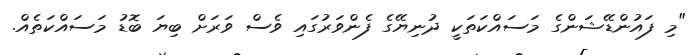
"މި ފައުންޑޭޝަންގެ މަސައްކަތަކީ ދުނިޔޭގެ ފެންވަރުގައި ވެސް ވަރަށް ބިޔަ ބޮޑު މަސައްކަތެއް.